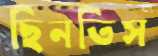
ছিনতিস